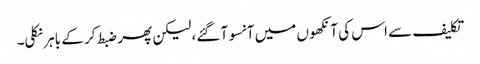
تکلیف سے اس کی آنکھوں میں آنسو آ گئے، لیکن پھر ضبط کر کے باہر نکلی۔